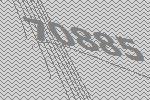
70885